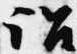
詔